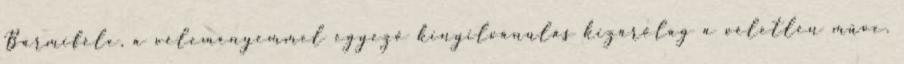
Bármiféle, a véleményemmel egyező kinyilvánulás kizárólag a véletlen műve.